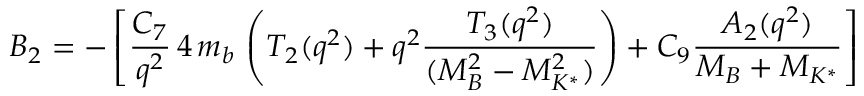
B _ { 2 } = - \left[ { \frac { C _ { 7 } } { q ^ { 2 } } } \, 4 \, m _ { b } \, \left( T _ { 2 } ( q ^ { 2 } ) + q ^ { 2 } { \frac { T _ { 3 } ( q ^ { 2 } ) } { ( M _ { B } ^ { 2 } - M _ { K ^ { * } } ^ { 2 } ) } } \right) + C _ { 9 } { \frac { A _ { 2 } ( q ^ { 2 } ) } { M _ { B } + M _ { K ^ { * } } } } \right]